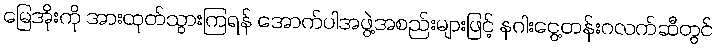
မြေအိုးကို အားထုတ်သွားကြရန် အောက်ပါအဖွဲ့အစည်းများဖြင့် နဂါးငွေ့တန်းဂလက်ဆီတွင်